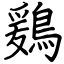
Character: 鶢